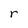
Character: r